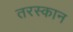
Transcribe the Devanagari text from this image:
तरस्कान